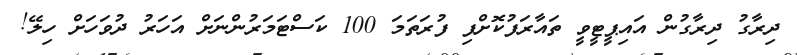
ދިރާގު ދިރާގުން އައިޕީޓީވީ ތައާރަފުކޮށްފި ފުރަތަމަ 100 ކަސްޓަމަރުންނަށް އަހަރު ދުވަހަށް ހިލޭ!